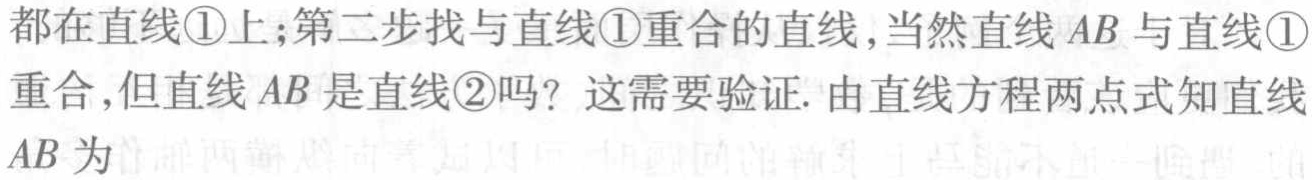
都在直线\textcircled{1}上;第二步找与直线\textcircled{1}重合的直线 ,当然直线 \(AB\) 与直线\textcircled{1}
重合,但直线 \(AB\) 是直线\textcircled{2}吗? 这需要验证. 由直线方程两点式知直线
\(AB\) 为